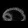
Digit: ၈